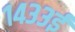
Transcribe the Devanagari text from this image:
१४३३ई